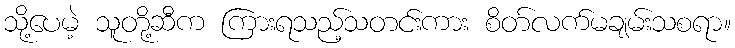
သို့ပေမဲ့ သူတို့ဆီက ကြားရသည့်သတင်းကား စိတ်လက်မချမ်းသစရာ။